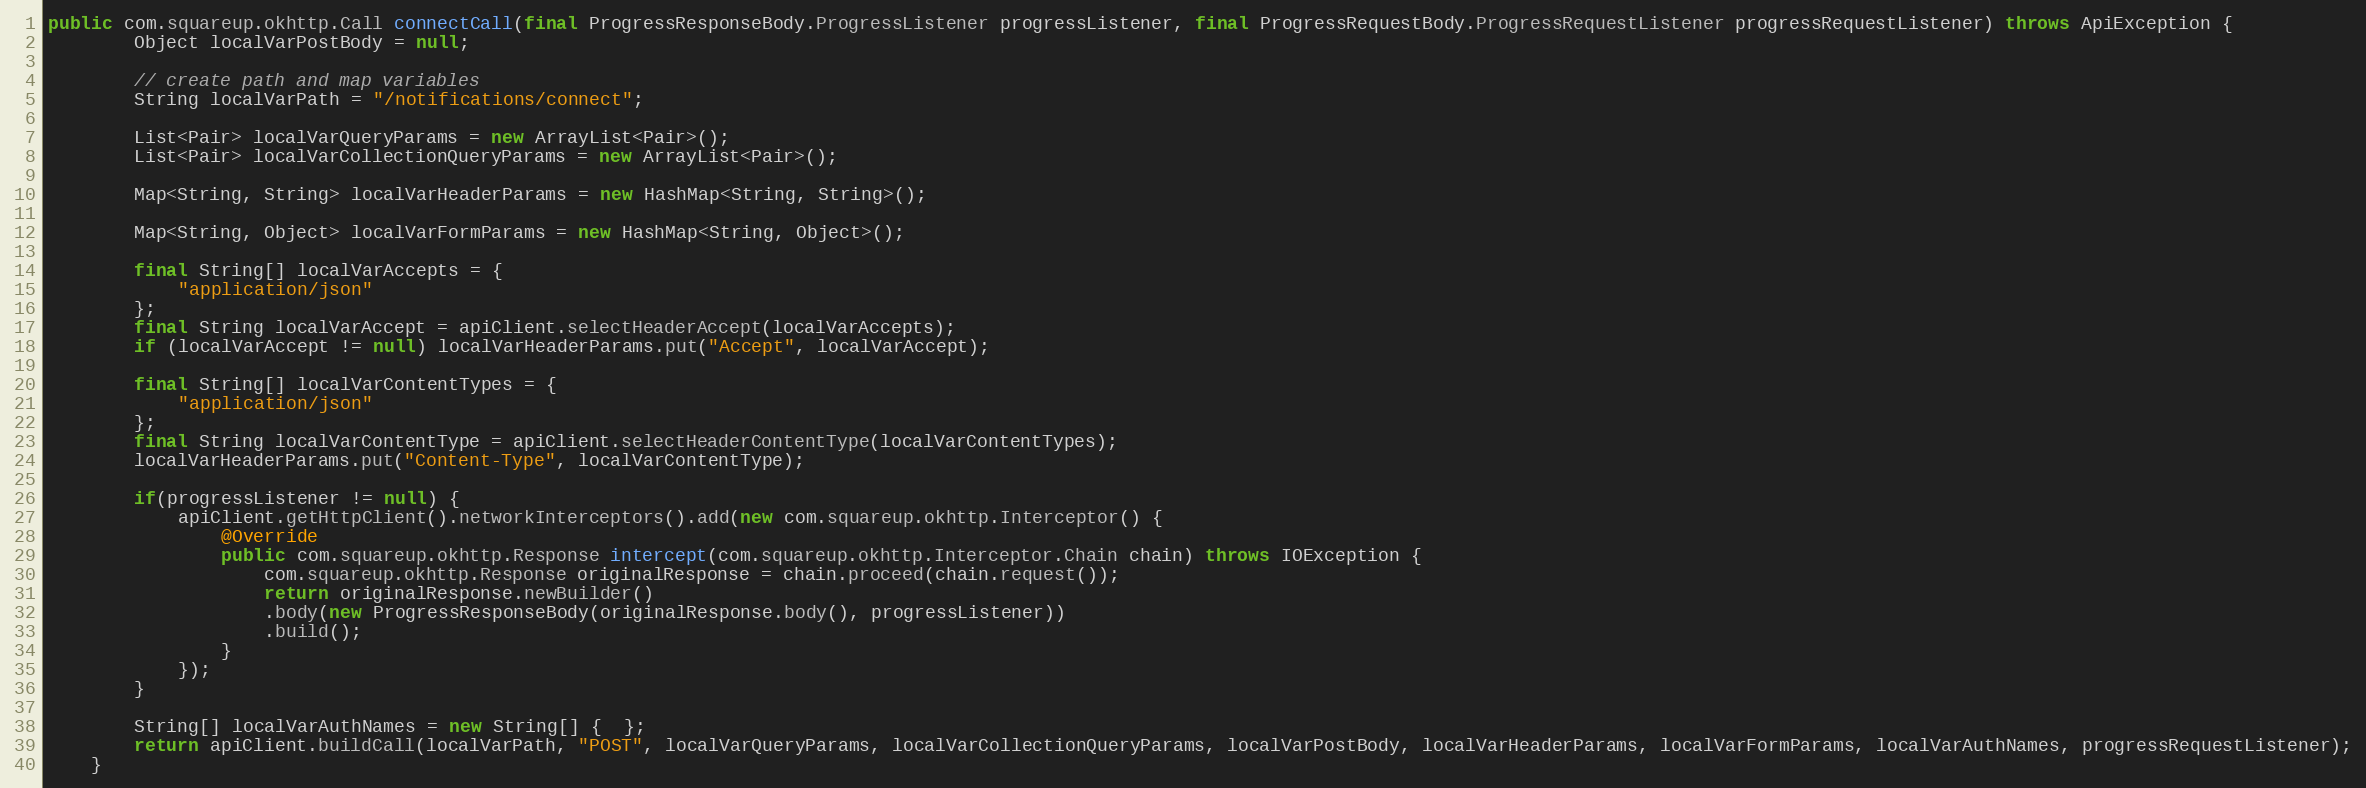
Language: Java
public com.squareup.okhttp.Call connectCall(final ProgressResponseBody.ProgressListener progressListener, final ProgressRequestBody.ProgressRequestListener progressRequestListener) throws ApiException {
        Object localVarPostBody = null;

        // create path and map variables
        String localVarPath = "/notifications/connect";

        List<Pair> localVarQueryParams = new ArrayList<Pair>();
        List<Pair> localVarCollectionQueryParams = new ArrayList<Pair>();

        Map<String, String> localVarHeaderParams = new HashMap<String, String>();

        Map<String, Object> localVarFormParams = new HashMap<String, Object>();

        final String[] localVarAccepts = {
            "application/json"
        };
        final String localVarAccept = apiClient.selectHeaderAccept(localVarAccepts);
        if (localVarAccept != null) localVarHeaderParams.put("Accept", localVarAccept);

        final String[] localVarContentTypes = {
            "application/json"
        };
        final String localVarContentType = apiClient.selectHeaderContentType(localVarContentTypes);
        localVarHeaderParams.put("Content-Type", localVarContentType);

        if(progressListener != null) {
            apiClient.getHttpClient().networkInterceptors().add(new com.squareup.okhttp.Interceptor() {
                @Override
                public com.squareup.okhttp.Response intercept(com.squareup.okhttp.Interceptor.Chain chain) throws IOException {
                    com.squareup.okhttp.Response originalResponse = chain.proceed(chain.request());
                    return originalResponse.newBuilder()
                    .body(new ProgressResponseBody(originalResponse.body(), progressListener))
                    .build();
                }
            });
        }

        String[] localVarAuthNames = new String[] {  };
        return apiClient.buildCall(localVarPath, "POST", localVarQueryParams, localVarCollectionQueryParams, localVarPostBody, localVarHeaderParams, localVarFormParams, localVarAuthNames, progressRequestListener);
    }